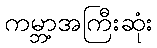
ကမ္ဘာ့အကြီးဆုံး